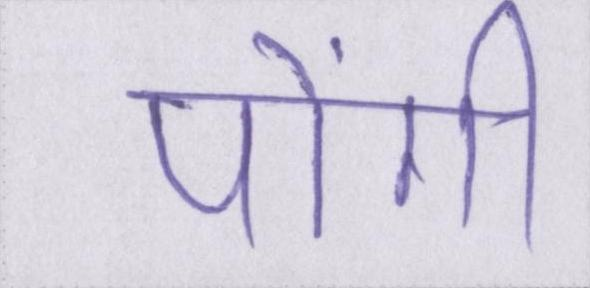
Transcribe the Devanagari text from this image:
पोंगी